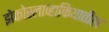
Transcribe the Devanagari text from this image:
झेकोस्लाव्हाकियातील